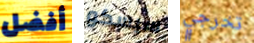
أفضل سيسكو تخرجي